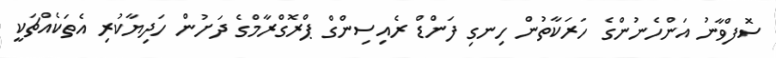
ސޮފްވާނު އަންހެނުންގެ ހަރަކާތުން ހިނގި ފަންޑް ރެއިސިންގް ޕްރޮގްރާމްގެ ދަށުން ހަދިޔާކުރި އެތަކެއްޗަކީ